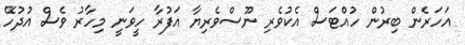
އަހަރެން ބިރުން ހުއްޓަސް އެކުވެރި ނޫސްވެރިޔާ އަފުރާ ހީވަނީ މިހާރު ވެސް އުދުހޭ